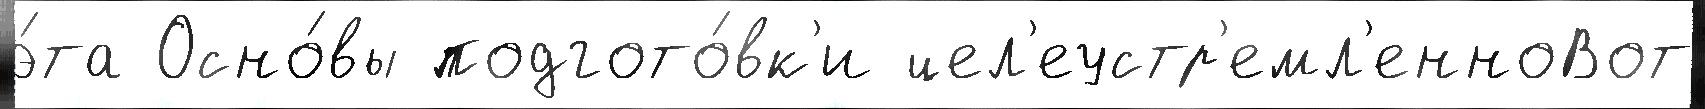
э́та Осно́вы подгото́вк'и цел'еустр'емл'енноВот